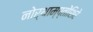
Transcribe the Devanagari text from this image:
नोर्थाम्प्तोंशिरे